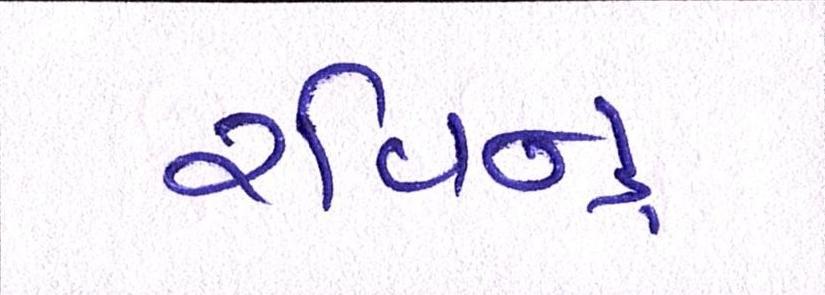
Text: રવિન્દ્ર